Indian journal of veterinary science and animal husbandry - Volume 11,
Year: 1941
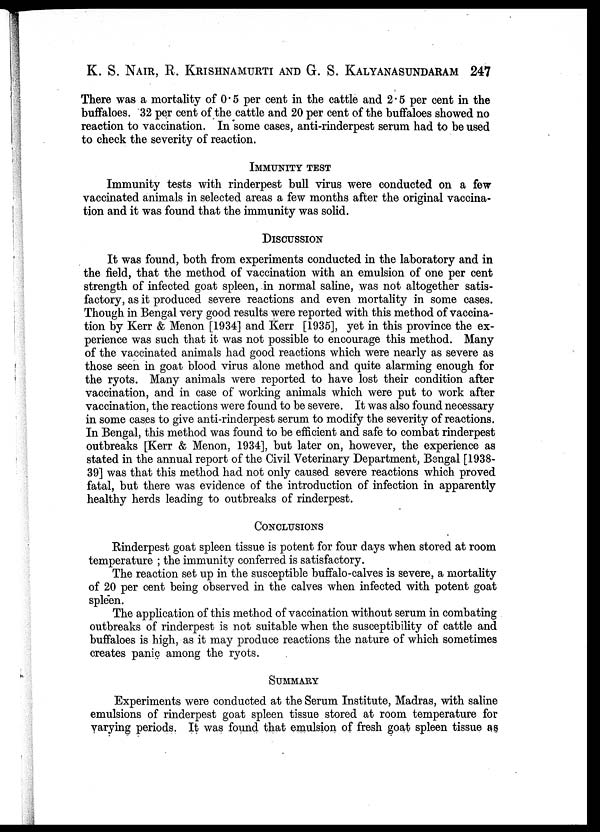
K. S. NAIR, R. KRISHNAMURTI AND G. S. KALYANASUNDARAM 247
There was a mortality of 0.5 per cent in the cattle and 2.5 per cent in the
buffaloes. 32 per cent of the cattle and 20 per cent of the buffaloes showed no
reaction to vaccination. In some cases, anti-rinderpest serum had to be used
to check the severity of reaction.
IMMUNITY TEST
Immunity tests with rinderpest bull virus were conducted on a few
vaccinated animals in selected areas a few months after the original vaccina-
tion and it was found that the immunity was solid.
DISCUSSION
It was found, both from experiments conducted in the laboratory and in
the field, that the method of vaccination with an emulsion of one per cent
strength of infected goat spleen, in normal saline, was not altogether satis-
factory, as it produced severe reactions and even mortality in some cases.
Though in Bengal very good results were reported with this method of vaccina-
tion by Kerr & Menon [1934] and Kerr [1935], yet in this province the ex-
perience was such that it was not possible to encourage this method. Many
of the vaccinated animals had good reactions which were nearly as severe as
those seen in goat blood virus alone method and quite alarming enough for
the ryots. Many animals were reported to have lost their condition after
vaccination, and in case of working animals which were put to work after
vaccination, the reactions were found to be severe. It was also found necessary
in some cases to give anti-rinderpest serum to modify the severity of reactions.
In Bengal, this method was found to be efficient and safe to combat rinderpest
outbreaks [Kerr & Menon, 1934], but later on, however, the experience as
stated in the annual report of the Civil Veterinary Department, Bengal [1938-
39] was that this method had not only caused severe reactions which proved
fatal, but there was evidence of the introduction of infection in apparently
healthy herds leading to outbreaks of rinderpest.
CONCLUSIONS
Rinderpest goat spleen tissue is potent for four days when stored at room
temperature ; the immunity conferred is satisfactory.
The reaction set up in the susceptible buffalo-calves is severe, a mortality
of 20 per cent being observed in the calves when infected with potent goat
spleen.
The application of this method of vaccination without serum in combating
outbreaks of rinderpest is not suitable when the susceptibility of cattle and
buffaloes is high, as it may produce reactions the nature of which sometimes
creates panic among the ryots.
SUMMARY
Experiments were conducted at the Serum Institute, Madras, with saline
emulsions of rinderpest goat spleen tissue stored at room temperature for
varying periods. It was found that emulsion of fresh goat spleen tissue as